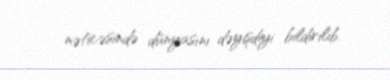
nəticəsində dünyasını dəyişdiyi bildirilib.